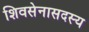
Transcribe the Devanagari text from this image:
शिवसेनासदस्य